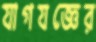
যাগযজ্ঞের